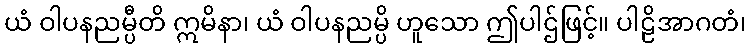
ယံ ဝါပနညမ္ပီတိ ဣမိနာ၊ ယံ ဝါပနညမ္ပိ ဟူသော ဤပါဌ်ဖြင့်။ ပါဠိအာဂတံ၊